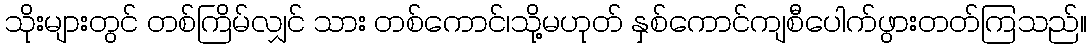
သိုးများတွင် တစ်ကြိမ်လျှင် သား တစ်ကောင်၊သို့မဟုတ် နှစ်ကောင်ကျစီပေါက်ဖွားတတ်ကြသည်။